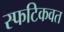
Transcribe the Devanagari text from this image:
स्फटिकवत